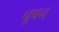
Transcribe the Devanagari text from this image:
पूषन्